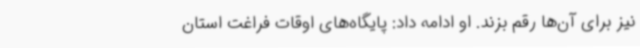
نیز برای آن‌ها رقم بزند. او ادامه داد: پایگاه‌های اوقات فراغت استان